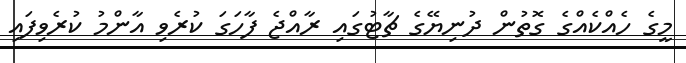
މީގެ ހެއްކެއްގެ ގޮތުން ދުނިޔޭގެ ޗާޓުގައި ރާއްޖެ ފާހަގަ ކުރެވި އާންމު ކުރެވިފައި